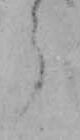
ら